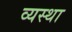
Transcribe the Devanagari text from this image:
व्‍यस्‍था